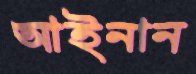
আইনান